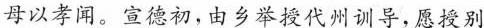
母以孝闻。宣德初，由乡举授代州训导，愿授别